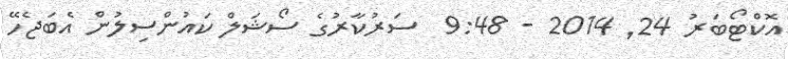
އޮކްޓޯބަރު 24